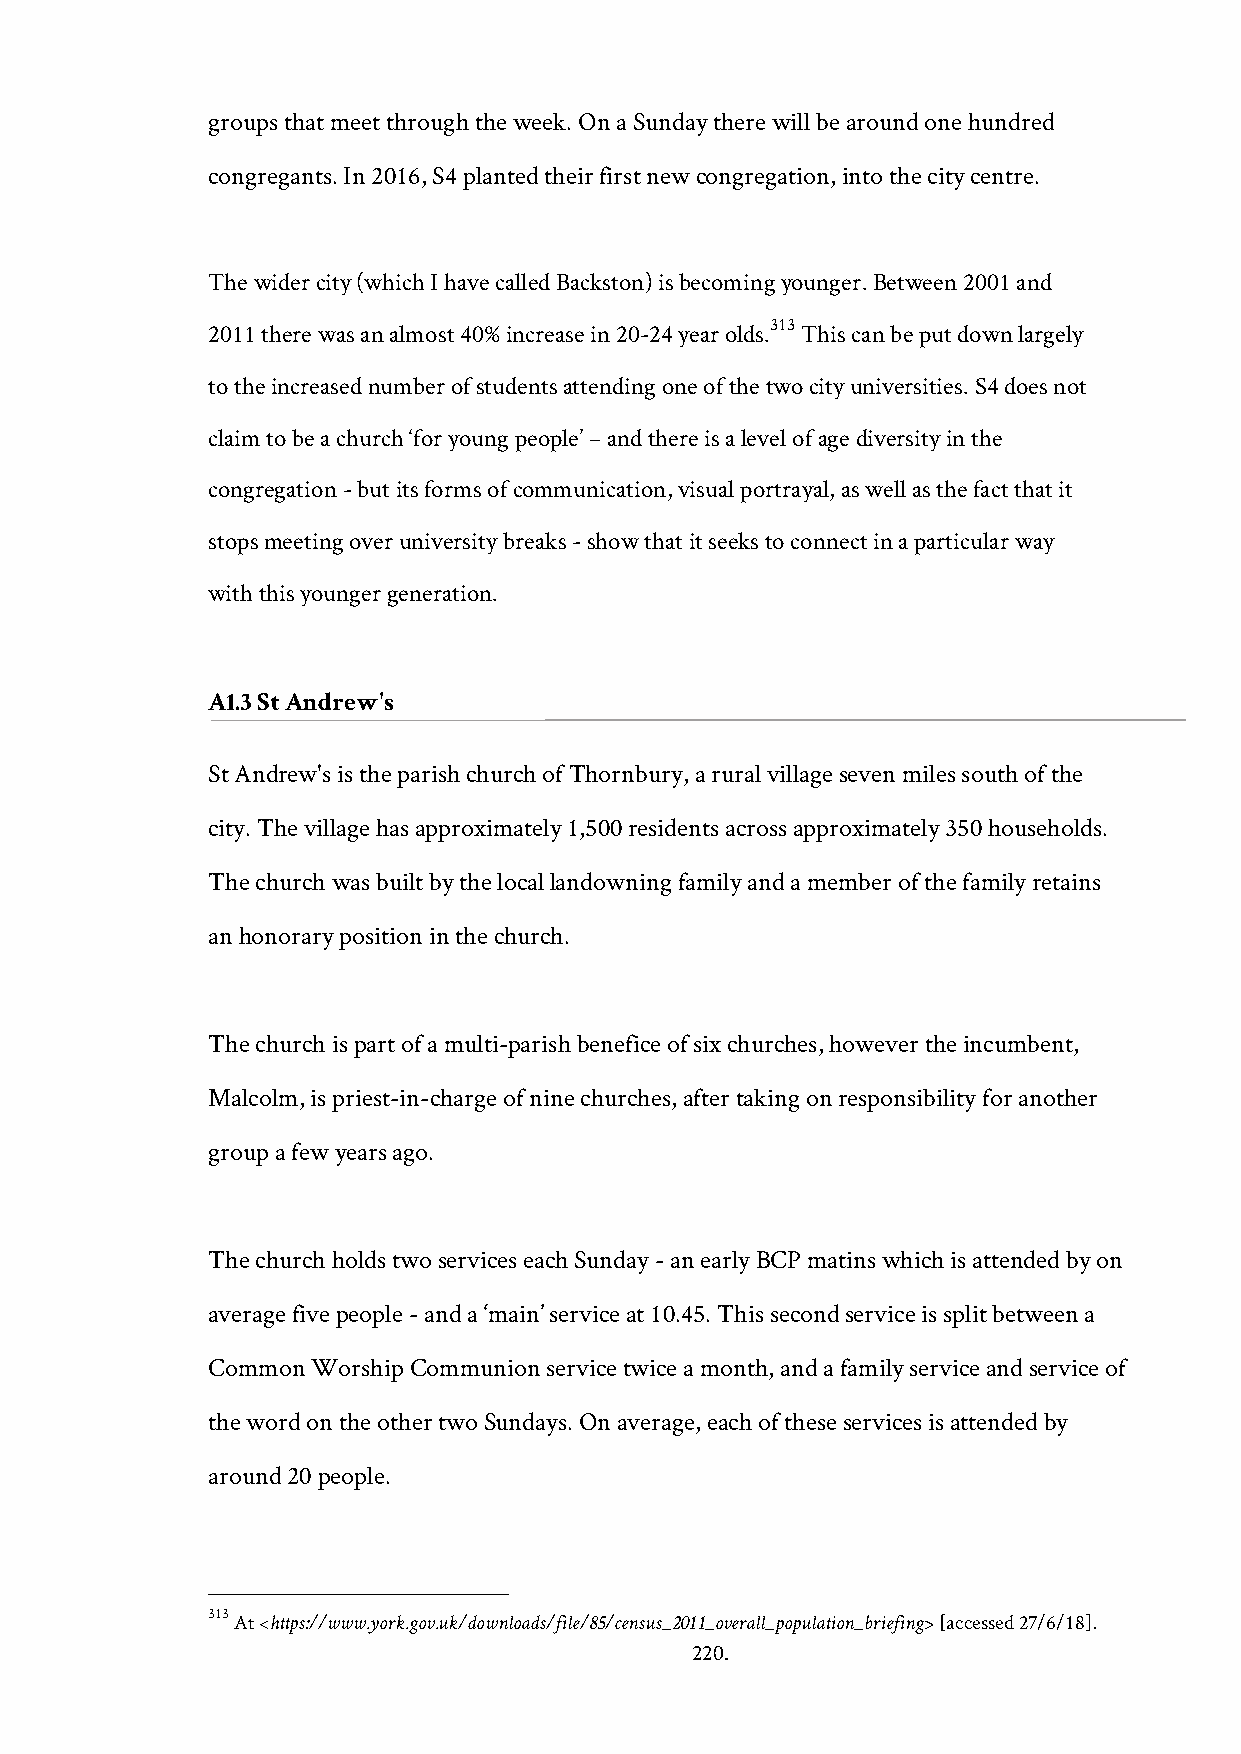
groups that meet through the week. On a Sunday there will be around one hundred
 congregants. In 2016, S4 planted their first new congregation, into the city centre.
 The wider city (which I have called Backston) is becoming younger. Between 2001 and
 2011 there was an almost 40% increase in 20-24 year olds.313 This can be put down largely
 to the increased number of students attending one of the two city universities. S4 does not
 claim to be a church ‘for young people’ – and there is a level of age diversity in the
 congregation - but its forms of communication, visual portrayal, as well as the fact that it
 stops meeting over university breaks - show that it seeks to connect in a particular way
 with this younger generation.
 A1.3 St Andrew's
 St Andrew's is the parish church of Thornbury, a rural village seven miles south of the
 city. The village has approximately 1,500 residents across approximately 350 households.
 The church was built by the local landowning family and a member of the family retains
 an honorary position in the church.
 The church is part of a multi-parish benefice of six churches, however the incumbent,
 Malcolm, is priest-in-charge of nine churches, after taking on responsibility for another
 group a few years ago.
 The church holds two services each Sunday - an early BCP matins which is attended by on
 average five people - and a ‘main’ service at 10.45. This second service is split between a
 Common Worship Communion service twice a month, and a family service and service of
 the word on the other two Sundays. On average, each of these services is attended by
 around 20 people.
 313 At <https://www.york.gov.uk/downloads/file/85/census_2011_overall_population_briefing> [accessed 27/6/18].
 220.